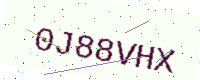
Text: 0J88VHX